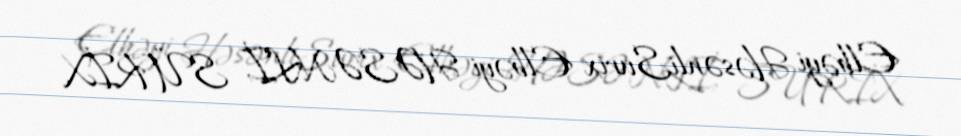
Elbəyi HəsənliSurix Elbəyi HƏSƏNLİ, SÜRİX.